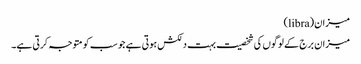
میزان(libra)
میزان برج کے لوگوں کی شخصیت بہت دلکش ہوتی ہے جو سب کو متوجہ کرتی ہے۔